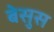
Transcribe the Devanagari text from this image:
बेसुस